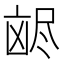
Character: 𫥥